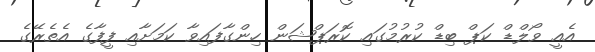
އެއީ ވޯލްޑް ކަޕް ބިޑް ކުރުމުގައި ކޮރަޕްޝަން ހިންގާފައިވާ ކަމަށާއި ފީފާގެ އެތެރޭގެ